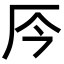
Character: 㕂